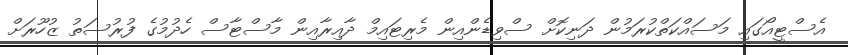
އެސްޓީއޯގައި މަސައްކަތްކުރަމުން ދަނިކޮށް ސްވިޑެންއިން މެރިޓައިމް ދާއިރާއިން މާސްޓާސް ހެދުމުގެ ފުރުސަތު ޒުހޫރަށް